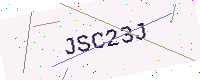
Text: JSC23J